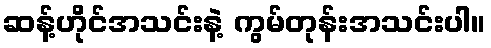
ဆန့်ဟိုင်အသင်းနဲ့ ကွမ်တုန်းအသင်းပါ။